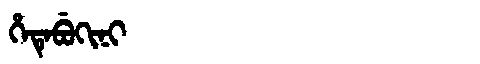
Manchu: ᡥᡝᡨᡝᠪᡠᡴᡳᠨᡳ
Romanization: HETEBUKINI